Madras plague regulations in force outside the Presidency town - Volume 2
Disease focus: Plague
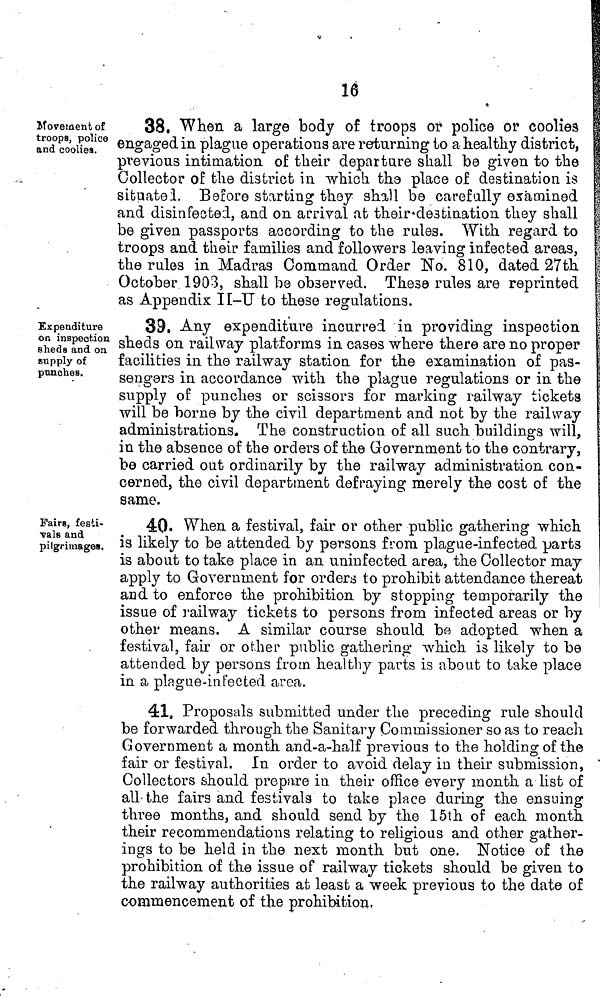
16
Movement of
troops, police
and cooliea.
38. When a large body of troops or police or coolies
engaged in plague operations are returning io a healthy district,
previous intimation of their departure shall be given to the
Collector of the district in which the place of destination is
situated . Before starting they shall be carefully examined
and disinfected, and on arrival at their destination they shall
be given passports according to the rules. "With regard to
troops and their families and followers leaving infected areas,
the rules in Madras Command Order No. 810, dated 27th
October 1903, shall be observed. These rules are reprinted
as Appendix II-U to these regulations.
Expenditure
on inspection
sheds and on
supply of
punches.
39. Any expenditure incurred in providing inspection
sheds on railway platforms in cases where there are no proper
facilities in the railway station for the examination of pas-
sengers in accordance with the plague regulations or in the
supply of punches or scissors for marking railway tickets
will be borne by the civil department and not by the railway
administrations. The construction of all such buildings will,
in the absence of the orders of the Government to the contrary,
be carried out ordinarily by the railway administration con-
cerned, the civil department defraying merely the cost of the
same.
Fairs, festi-
vals and
pilgrimages.
40• When a festival, fair or other public gathering which
is likely to be attended by persons from plague-infected parts
is about to take place in an uninfected area, the Collector may
apply to Government for orders to prohibit attendance thereat
and to enforce the prohibition by stopping temporarily the
issue of railway tickets to persons from infected areas or by
other means. A similar course should be adopted when a
festival, fair or other public gathering which is likely to be
attended by persons from healthy parts is about to take place
in a plague-infected area.
41, Proposals submitted under the preceding rule should
be forwarded through the Sanitary Commissioner so as to reach
Government a month and-a-half previous to the holding of the
fair or festival. In order to avoid delay in their submission,
Collectors should prepare in their office every month a list of
all-the fairs and festivals to take place during the ensuing
three months, and should send by the 15th of each month
their recommendations relating to religious and other gather-
ings to be held in the next month but one. Notice of the
prohibition of the issue of railway tickets should be given to
the railway authorities at least a week previous to the date of
commencement of the prohibition,